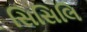
સિસિલિ